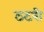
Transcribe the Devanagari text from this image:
ठटरी